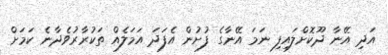
އަދި އޭނާ ދޫކޮށްލައިފި ނަަމަ އޭނާގެ ފުށުން އެފަދަ އަމަލެއް ތަކުރާރުވެދާނެ ކަމަށް